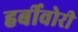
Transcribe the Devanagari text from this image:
हर्बीवोरी